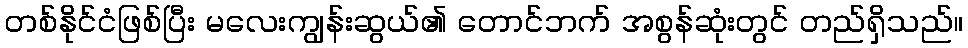
တစ်နိုင်ငံဖြစ်ပြီး မလေးကျွန်းဆွယ်၏ တောင်ဘက် အစွန်ဆုံးတွင် တည်ရှိသည်။